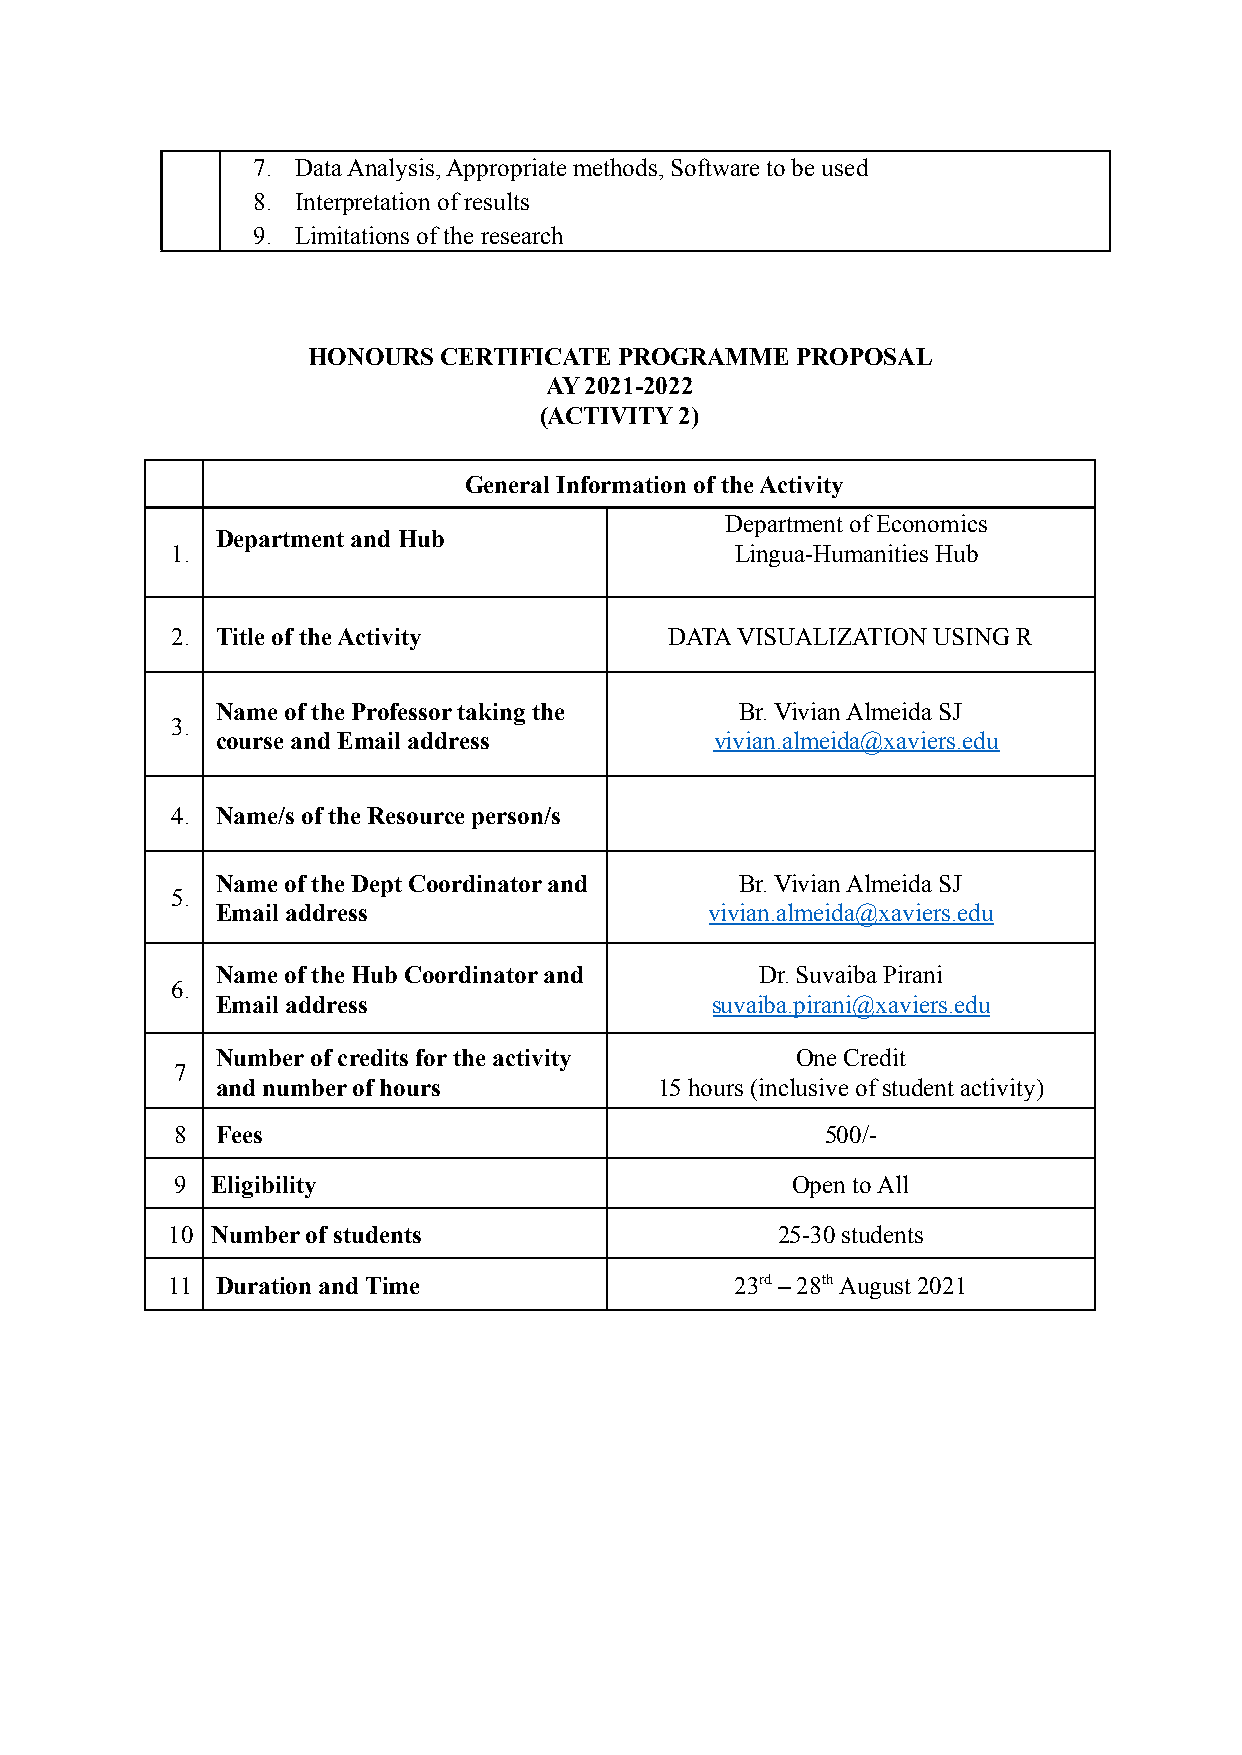
7. Data Analysis, Appropriate methods, Software to be used
 8. Interpretation of results
 9. Limitations of the research
 HONOURS  CERTIFICATE PROGRAMME   PROPOSAL
 AY 2021-2022
 (ACTIVITY 2)
 General Information of the Activity
 Department of Economics
 Department and Hub
 1.                                    Lingua-Humanities Hub
 2. Title of the Activity         DATA VISUALIZATION USING R
 Name of the Professor taking the   Br. Vivian Almeida SJ
 3.
 course and Email address         vivian.almeida@xaviers.edu
 4. Name/s of the Resource person/s
 Name of the Dept Coordinator and   Br. Vivian Almeida SJ
 5.
 Email address                    vivian.almeida@xaviers.edu
 Name of the Hub Coordinator and     Dr. Suvaiba Pirani
 6.
 Email address                    suvaiba.pirani@xaviers.edu
 Number of credits for the activity     One Credit
 7
 and number of hours           15 hours (inclusive of student activity)
 8 Fees                                     500/-
 9 Eligibility                           Open to All
 10 Number of students                   25-30 students
 11 Duration and Time                  23rd– 28thAugust 2021